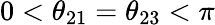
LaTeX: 0<\theta_{21}=\theta_{23}<\pi